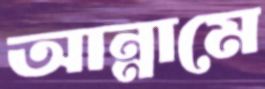
আন্নামে